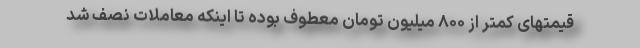
قیمتهای کمتر از ۸۰۰ میلیون تومان معطوف بوده تا اینکه معاملات نصف شد